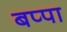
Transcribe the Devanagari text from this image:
बप्‍पा